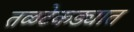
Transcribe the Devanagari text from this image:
तळटेकड्यात